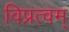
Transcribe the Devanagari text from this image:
विप्रत्वम्